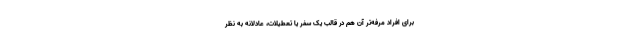
برای افراد مرفه‌تر آن هم در قالب یک سفر یا تعطیلات، عادلانه به نظر